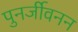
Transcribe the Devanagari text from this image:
पुनर्जीवनन